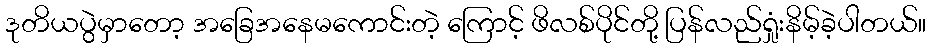
ဒုတိယပွဲမှာတော့ အခြေအနေမကောင်းတဲ့ ကြောင့် ဖိလစ်ပိုင်တို့ ပြန်လည်ရှုံးနိမ့်ခဲ့ပါတယ်။